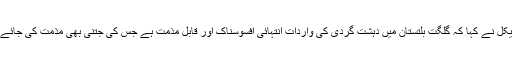
کامران مائیکل نے کہا کہ گلگت بلتستان میں دہشت گردی کی واردات انتہائی افسوسناک اور قابل مذمت ہے جس کی جتنی بھی مذمت کی جائے وہ کم ہے۔